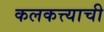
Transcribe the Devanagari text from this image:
कलकत्त्याची